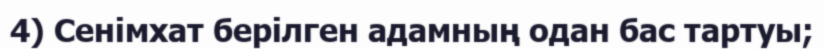
4) Сенімхат берілген адамның одан бас тартуы;